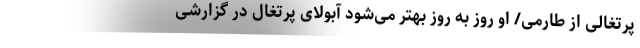
پرتغالی از طارمی/ او روز به روز بهتر می‌شود آبولای پرتغال در گزارشی